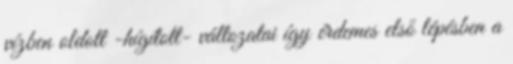
vízben oldott -hígított- változatai így érdemes első lépésben a